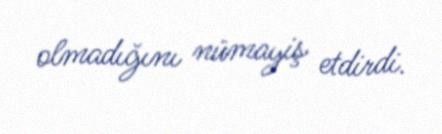
olmadığını nümayiş etdirdi.